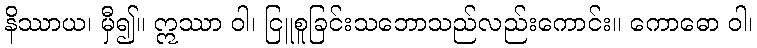
နိဿာယ၊ မှီ၍။ ဣဿာ ဝါ၊ ငြူစူခြင်းသဘောသည်လည်းကောင်း။ ကောဓော ဝါ၊